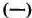
(一)